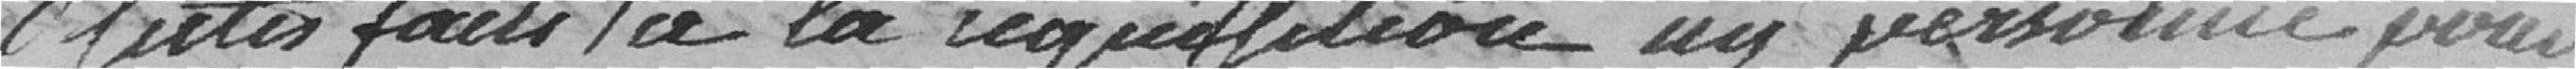
aquis faits à la régulation ni personne pour